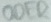
Text: ODER